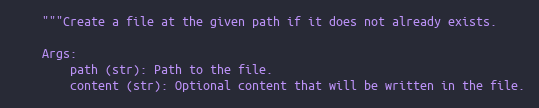
Language: Python
    """Create a file at the given path if it does not already exists.

    Args:
        path (str): Path to the file.
        content (str): Optional content that will be written in the file.